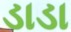
ડાડા